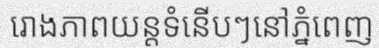
រោងភាពយន្តទំនើបៗនៅភ្នំពេញ